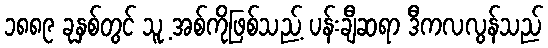
၁၈၈၉ ခုနှစ်တွင် သူ့ အစ်ကိုဖြစ်သည့် ပန်းချီဆရာ ဒီကလလွန်သည်